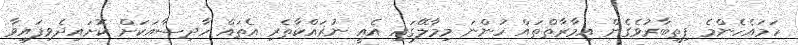
ހަމައެހެންމެ ފިތިބާރުވެގެން އިމާރާތްތައް ހުންނަ މިމާލޭގައި އެއީ ނުރައްކާތެރި އެތައް ހާދިސާއަކަށް ކޮށައިދެވިފައިވާ